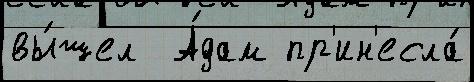
вы́шел  А́дам пр'ин'есла́